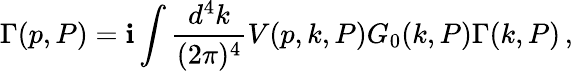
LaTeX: \Gamma(p,P)=\mathbf{i}\int\frac{{d^{4}k}}{{(2\pi)^{4}}}V(p,k,P)G_{0}(k,P)\Gamma(k,P)\, ,